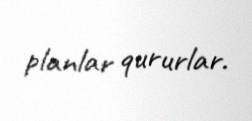
planlar qururlar.